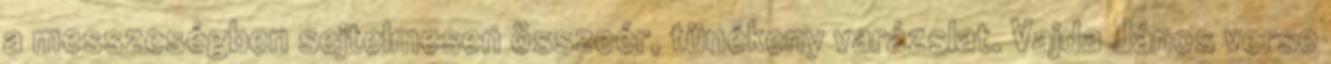
a messzeségben sejtelmesen összeér, tünékeny varázslat. Vajda János verse